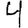
Digit: 4